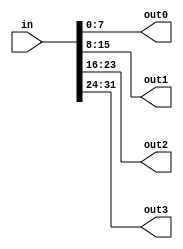
// This program was cloned from: https://github.com/lvyitian/public_personal_files
// License: Creative Commons Zero v1.0 Universal

module TC_Splitter32 (in, out0, out1, out2, out3);
    parameter UUID = 0;
    parameter NAME = "";
    input [31:0] in;
    output [7:0] out0;
    output [7:0] out1;
    output [7:0] out2;
    output [7:0] out3;
    
    assign {out3, out2, out1, out0} = in;
endmodule